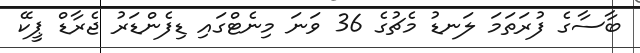
ބާސާގެ ފުރަތަމަ ލަނޑު މެޗުގެ 36 ވަނަ މިނެޓްގައި ޑިފެންޑަރު ޖެރާޑް ޕީކޭ